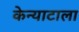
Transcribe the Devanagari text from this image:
केन्याटाला